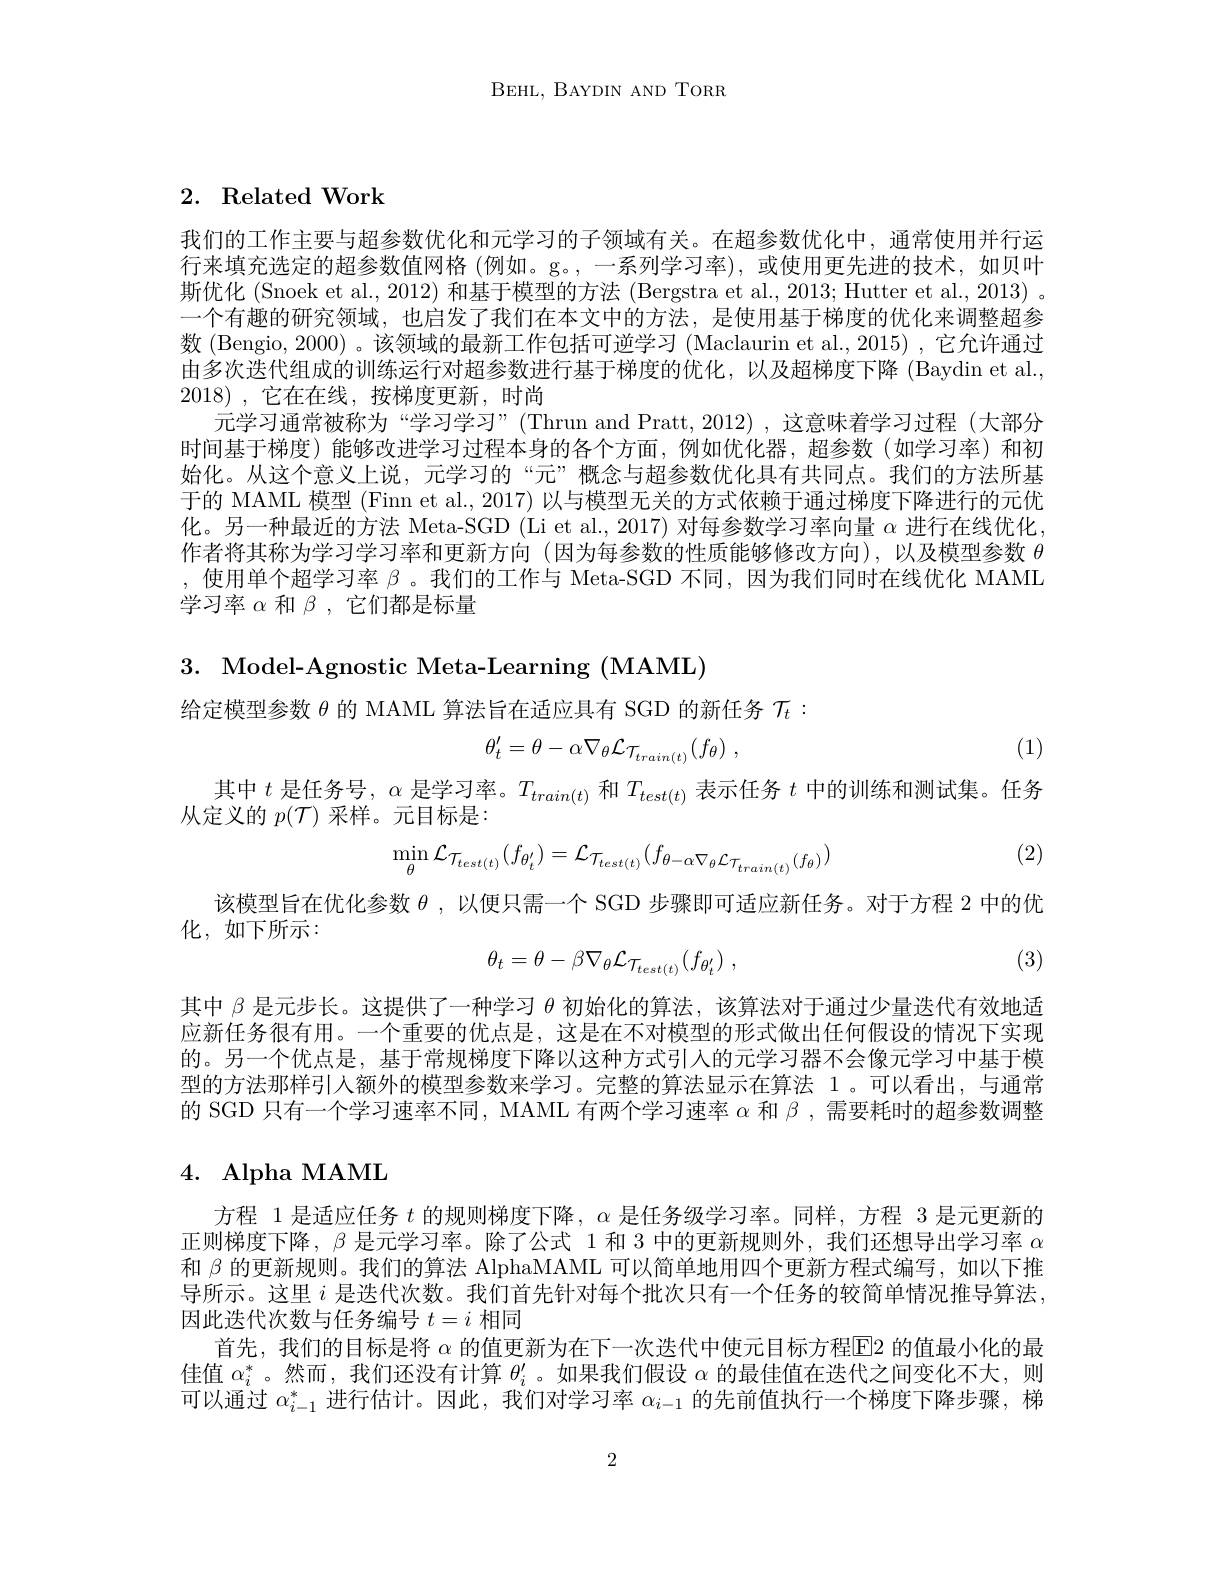
BEHL, BAYDIN AND TORR

## 2. Related Work

我们的工作主要与超参数优化和元学习的子领域有关。在超参数优化中，通常使用并行运行来填充选定的超参数值网格(例如。g。,一系列学习率),或使用更先进的技术，如贝叶斯优化 (Snoek et al., 2012) 和基于模型的方法 (Bergstra et al., 2013; Hutter et al., 2013) 。一个有趣的研究领域，也启发了我们在本文中的方法，是使用基于梯度的优化来调整超参数 (Bengio, 2000) 。该领域的最新工作包括可逆学习 (Maclaurin et al., 2015) , 它允许通过由多次迭代组成的训练运行对超参数进行基于梯度的优化，以及超梯度下降 (Baydin et al., 2018) , $它 在 在 线 $, $按 梯 度 更 新 $, $时 尚$
元学习通常被称为“学习学习”(Thrun and Pratt, 2012) ,这意味着学习过程 (大部分时间基于梯度)能够改进学习过程本身的各个方面，例如优化器，超参数(如学习率)和初始化。从这个意义上说，元学习的“元”概念与超参数优化具有共同点。我们的方法所基于的 MAML 模型 (Finn et al., 2017) 以与模型无关的方式依赖于通过梯度下降进行的元优化。另一种最近的方法 Meta-SGD (Li et al., 2017) 对每参数学习率向量$\alpha$进行在线优化作者将其称为学习学习率和更新方向 (因为每参数的性质能够修改方向),以及模型参数$\theta$ ,使用单个超学习率$\beta$ 。我们的工作与 Meta-SGD 不同，因为我们同时在线优化 MAML 学习率$\alpha$和$\beta$,它们都是标量

3. Model-Agnostic Meta-Learning (MAML)

给定模型参数$\theta$的 MAML 算法旨在适应具有 SGD 的新任务$\mathcal{T}_t:$

(1)
$$\theta'_t=\theta-\alpha\nabla_\theta\mathcal{L}_{\mathcal{T}_{train(t)}}(f_\theta)\:,$$
其中$t$是任务号，$\alpha$是学习率。$T_{train(t)}$和$T_{test(t)}$表示任务$t$中的训练和测试集。任务
从定义的$p(\mathcal{T})$采样。元目标是：

(2)
$$\min\limits_{\theta}\mathcal{L}_{\mathcal{T}_{test(t)}}(f_{\theta'_{t}})=\mathcal{L}_{\mathcal{T}_{test(t)}}(f_{\theta-\alpha\nabla_{\theta}\mathcal{L}_{\mathcal{T}_{train(t)}}(f_{\theta})})$$
该模型旨在优化参数$\theta$ ,以便只需一个 SGD 步骤即可适应新任务。对于方程 2 中的优
化，如下所示：

(3)
$$\theta_{t}=\theta-\beta\nabla_{\theta}\mathcal{L}_{\mathcal{T}_{test(t)}}(f_{\theta_{t}^{\prime}})\:,$$
其中$\beta$是元步长。这提供了一种学习$\theta$初始化的算法，该算法对于通过少量迭代有效地适应新任务很有用。一个重要的优点是，这是在不对模型的形式做出任何假设的情况下实现的。另一个优点是，基于常规梯度下降以这种方式引入的元学习器不会像元学习中基于模型的方法那样引人额外的模型参数来学习。完整的算法显示在算法 1。可以看出，与通常的 SGD 只有一个学习速率不同，MAML 有两个学习速率$\alpha$和$\beta$ ,需要耗时的超参数调整

## 4. Alpha MAML

方程 1 是适应任务$t$的规则梯度下降，$\alpha$是任务级学习率。同样，方程 3 是元更新的正则梯度下降，$\beta$是元学习率。除了公式 1 和 3 中的更新规则外，我们还想导出学习率$\alpha$ 和$\beta$的更新规则。我们的算法 AlphaMAML 可以简单地用四个更新方程式编写，如以下推导所示。这里$i$是迭代次数。我们首先针对每个批次只有一个任务的较简单情况推导算法， 因此迭代次数与任务编号$t=i$相同
首先，我们的目标是将 $\alpha$ 的值更新为在下一次迭代中使元目标方程$\overline{\mathrm{E}}$2 的值最小化的最佳值$\alpha_i^*$。然而，我们还没有计算$\theta_i^{\prime}$。如果我们假设$\alpha$的最佳值在迭代之间变化不大，则可以通过$\alpha_i-1^*$进行估计。因此，我们对学习率$\alpha_i-1$的先前值执行一个梯度下降步骤，梯

2